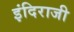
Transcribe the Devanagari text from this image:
इंदिराजी